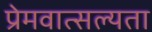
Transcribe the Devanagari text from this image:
प्रेमवात्सल्यता